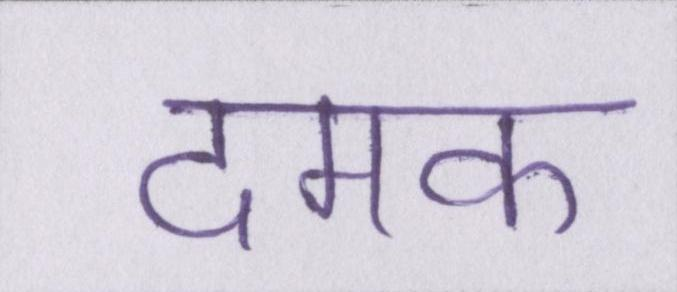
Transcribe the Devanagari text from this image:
दमक